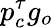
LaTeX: p_{c}^{\tau}g_{o}